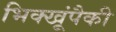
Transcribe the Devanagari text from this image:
भिक्खूंपैकी